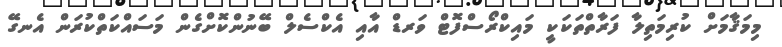
މިމަޤާމަށް ކުރިމަތިލާ ފަރާތްތަކަކީ މައިކްރޯސްފޮޓް ވަރޑް އާއި އެކްސެލް ބޭނުންކޮށްގެން މަސައްކަތްކުރަން އެނގޭ